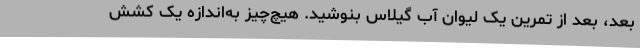
بعد، بعد از تمرین یک لیوان آب گیلاس بنوشید. هیچ‌چیز به‌اندازه یک کشش